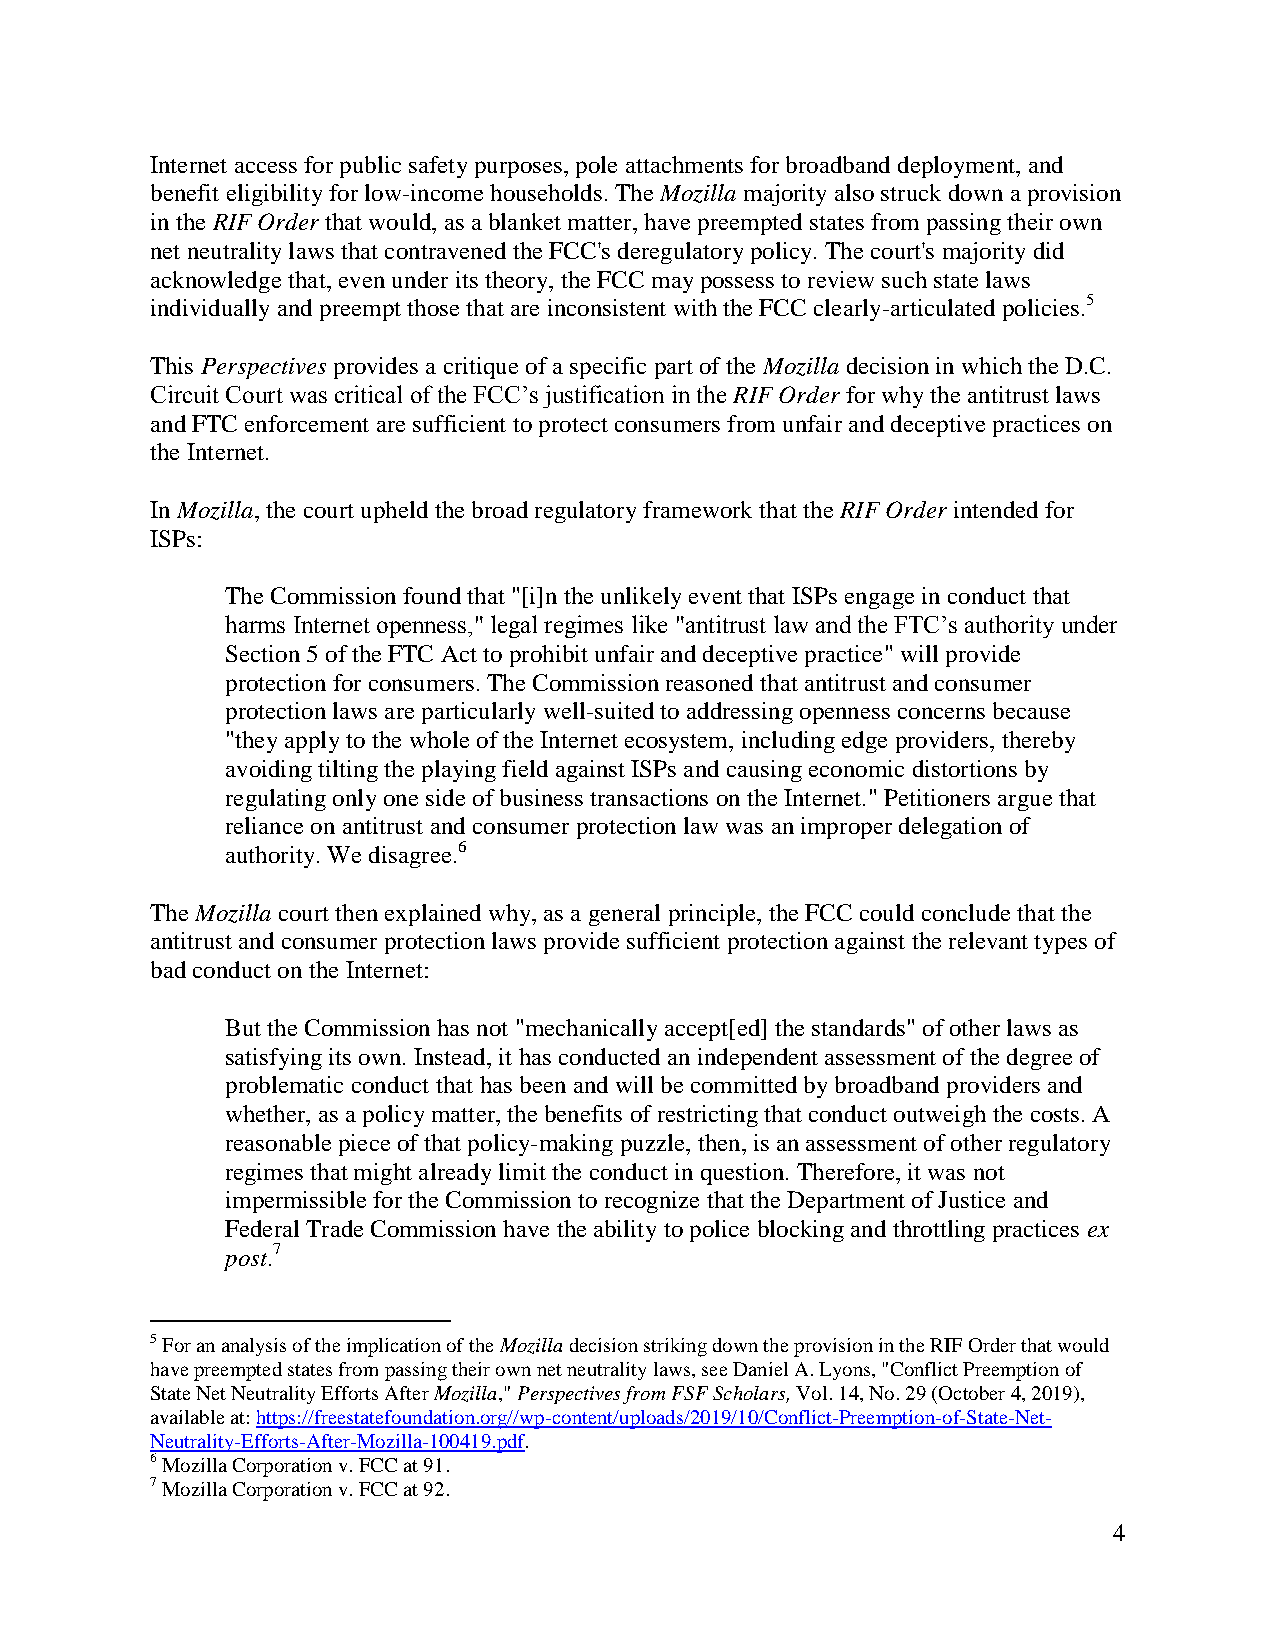
Internet access for public safety purposes, pole attachments for broadband deployment, and
 benefit eligibility for low-income households. The Mozilla majority also struck down a provision
 in the RIF Order that would, as a blanket matter, have preempted states from passing their own
 net neutrality laws that contravened the FCC's deregulatory policy. The court's majority did
 acknowledge that, even under its theory, the FCC may possess to review such state laws
 individually and preempt those that are inconsistent with the FCC clearly-articulated policies.5
 This Perspectives provides a critique of a specific part of the Mozilla decision in which the D.C.
 Circuit Court was critical of the FCC’s justification in the RIF Order for why the antitrust laws
 and FTC enforcement are sufficient to protect consumers from unfair and deceptive practices on
 the Internet.
 In Mozilla, the court upheld the broad regulatory framework that the RIF Order intended for
 ISPs:
 The Commission found that "[i]n the unlikely event that ISPs engage in conduct that
 harms Internet openness," legal regimes like "antitrust law and the FTC’s authority under
 Section 5 of the FTC Act to prohibit unfair and deceptive practice" will provide
 protection for consumers. The Commission reasoned that antitrust and consumer
 protection laws are particularly well-suited to addressing openness concerns because
 "they apply to the whole of the Internet ecosystem, including edge providers, thereby
 avoiding tilting the playing field against ISPs and causing economic distortions by
 regulating only one side of business transactions on the Internet." Petitioners argue that
 reliance on antitrust and consumer protection law was an improper delegation of
 authority. We disagree.6
 The Mozilla court then explained why, as a general principle, the FCC could conclude that the
 antitrust and consumer protection laws provide sufficient protection against the relevant types of
 bad conduct on the Internet:
 But the Commission has not "mechanically accept[ed] the standards" of other laws as
 satisfying its own. Instead, it has conducted an independent assessment of the degree of
 problematic conduct that has been and will be committed by broadband providers and
 whether, as a policy matter, the benefits of restricting that conduct outweigh the costs. A
 reasonable piece of that policy-making puzzle, then, is an assessment of other regulatory
 regimes that might already limit the conduct in question. Therefore, it was not
 impermissible for the Commission to recognize that the Department of Justice and
 Federal Trade Commission have the ability to police blocking and throttling practices ex
 post.7
 5 For an analysis of the implication of the Mozilla decision striking down the provision in the RIF Order that would
 have preempted states from passing their own net neutrality laws, see Daniel A. Lyons, "Conflict Preemption of
 State Net Neutrality Efforts After Mozilla," Perspectives from FSF Scholars, Vol. 14, No. 29 (October 4, 2019),
 available at: https://freestatefoundation.org//wp-content/uploads/2019/10/Conflict-Preemption-of-State-Net-
 Neutrality-Efforts-After-Mozilla-100419.pdf.
 6 Mozilla Corporation v. FCC at 91.
 7 Mozilla Corporation v. FCC at 92.
 4